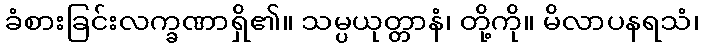
ခံစားခြင်းလက္ခဏာရှိ၏။ သမ္ပယုတ္တာနံ၊ တို့ကို။ မိလာပနရသံ၊